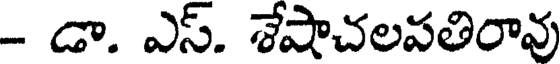
- డా. ఎస్. శేషాచలపతిరావు